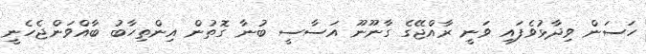
ހަސަން ވިދާޅުވެފައި ވަނީ ރާއްޖޭގެ ގާނޫނޫ އަސާސީ ބުނާ ގޮތުން އިންތިހާބު ބާއްވަންޖެހެނީ